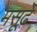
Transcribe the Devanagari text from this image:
मसूढ़े